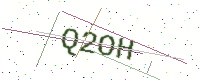
Text: Q2OH